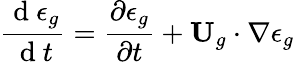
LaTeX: \frac{\mathrm{~d~}\epsilon_{g}}{\mathrm{~d~}t}=\frac{\partial\epsilon_{g}}{\partial t}+\textbf{U}_{g}\cdot\nabla\epsilon_{g}